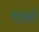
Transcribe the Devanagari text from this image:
एडली